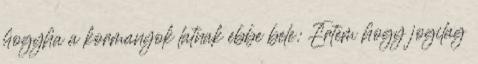
hogyha a kormanyok latnak ebbe bele: Ertem hogy jogilag